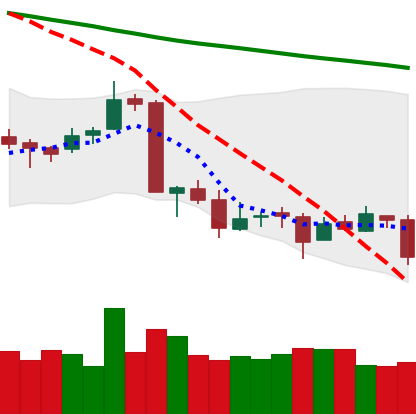
Ticker: ETC-USD
Chart end date: 2018-09-17
Forward return: 10.342%
Label: up_7plus